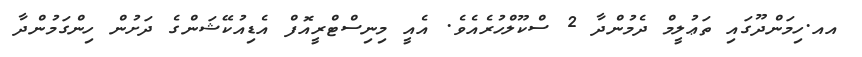
އއ.ހިމަންދޫގައި ތަޢުލީމް ދެމުންދާ 2 ސްކޫލްހުރެއެވެ. އެއީ މިނިސްޓްރީއޮފް އެޑިއުކޭޝަންގެ ދަށުން ހިންގަމުންދާ